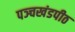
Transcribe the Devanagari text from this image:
पञ्चखंडपीठ